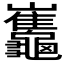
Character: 𪛂